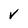
Character: V